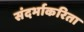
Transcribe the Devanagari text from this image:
संदर्भाकरिता